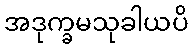
အဒုက္ခမသုခါယပိ